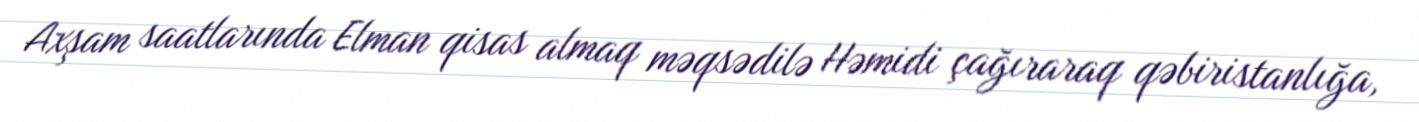
Axşam saatlarında Elman qisas almaq məqsədilə Həmidi çağıraraq qəbiristanlığa,